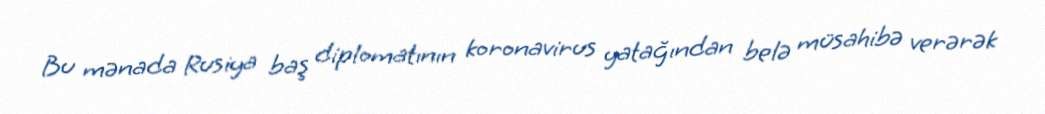
Bu mənada Rusiya baş diplomatının koronavirus yatağından belə müsahibə verərək